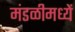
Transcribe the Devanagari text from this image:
मंडळीमध्यें